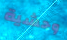
وحشية